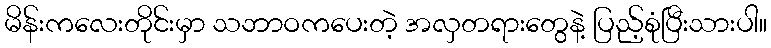
မိန်းကလေးတိုင်းမှာ သဘာဝကပေးတဲ့ အလှတရားတွေနဲ့ ပြည့်စုံပြီးသားပါ။